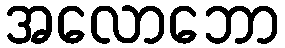
အလောဘော